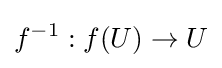
f^{-1}:f(U)\to U